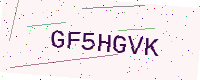
Text: GF5HGVK